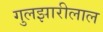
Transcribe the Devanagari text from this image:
गुलझारीलाल